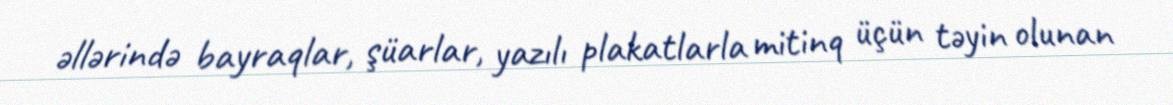
əllərində bayraqlar, şüarlar, yazılı plakatlarla mitinq üçün təyin olunan